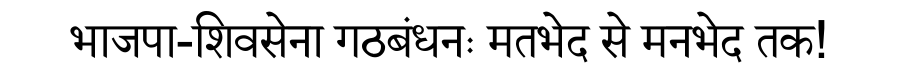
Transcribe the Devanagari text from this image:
भाजपा-शिवसेना गठबंधनः मतभेद से मनभेद तक!